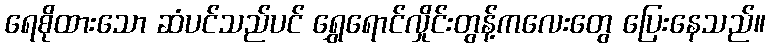
ရေစိုထားသော ဆံပင်သည်ပင် ရွှေရောင်လှိုင်းတွန့်ကလေးတွေ ပြေးနေသည်။